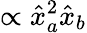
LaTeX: \propto\hat{x}_{a}^{2}\hat{x}_{b}